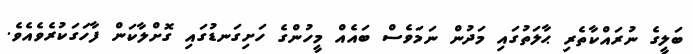
ބަލީގެ ނުރައްކާތެރި ޙާލަތުގައި މަދުން ނަމަވެސް ބައެއް މީހުންގެ ހަށިގަނޑުގައި ގޮށްލާކަން ފާހަގަކުރެވެއެވެ.